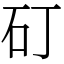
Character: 矴